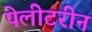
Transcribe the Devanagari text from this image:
पेलीटरीन